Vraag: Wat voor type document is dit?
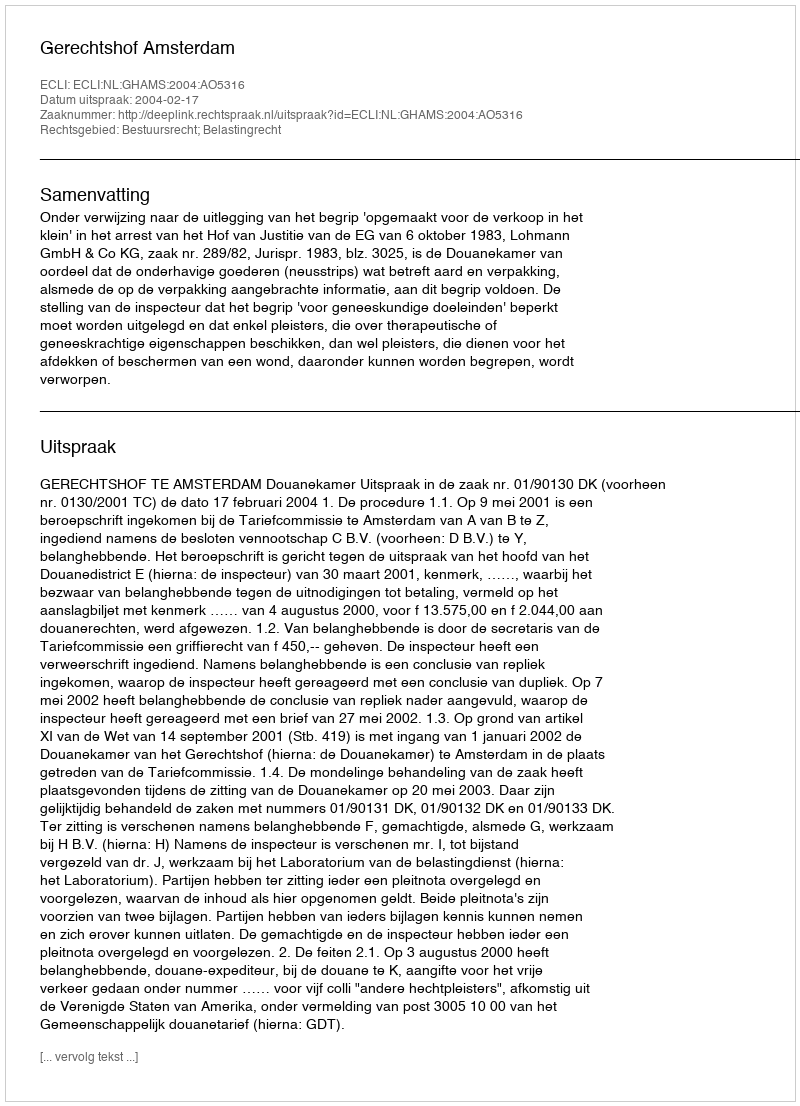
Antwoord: Uitspraak